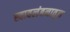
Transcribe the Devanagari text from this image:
स्वावलंबनातून